Civil Veterinary Department Bengal reports 1933-51 - 1933-1951
Year: 1933
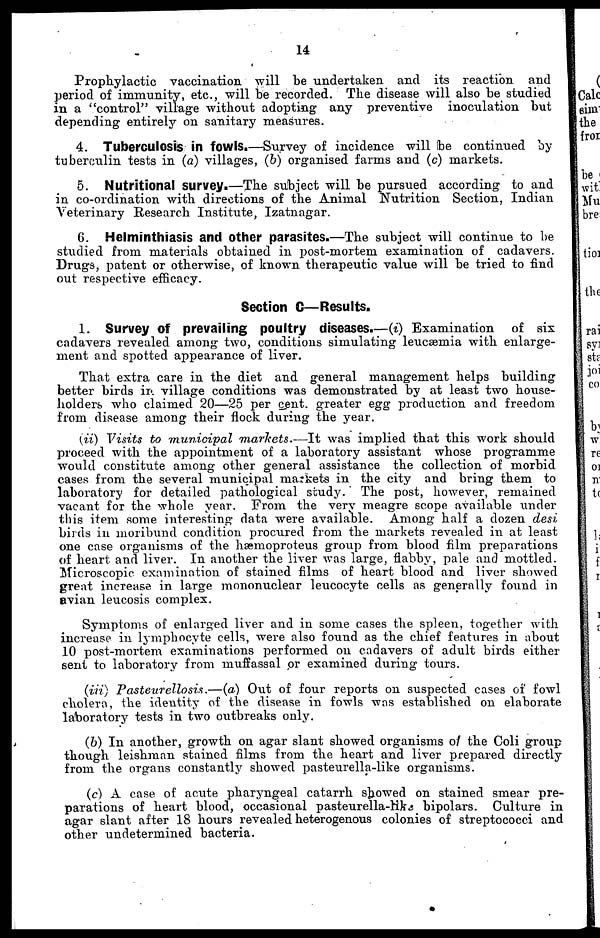
14
Prophylactic vaccination will be undertaken and its reaction and
period of immunity, etc., will be recorded. The disease will also be studied
in a "control" village without adopting any preventive inoculation but
depending entirely on sanitary measures.
4. Tuberculosis in fowls.—Survey of incidence will be continued by
tuberculin tests in (a) villages, (b) organised farms and (c) markets.
5. Nutritional survey.—The subject will be pursued according to and
in co-ordination with directions of the Animal Nutrition Section, Indian
Veterinary Research Institute, Izatnagar.
6. Helminthiasis and other parasites.—The subject will continue to be
studied from materials obtained in post-mortem examination of cadavers.
Drugs, patent or otherwise, of known therapeutic value will be tried to find
out respective efficacy.
Section C—Results.
1. Survey of prevailing poultry diseases.—(i) Examination of six
cadavers revealed among two, conditions simulating leucæmia with enlarge-
ment and spotted appearance of liver.
That extra care in the diet and general management helps building
better birds in village conditions was demonstrated by at least two house-
holders who claimed 20—25 per cent. greater egg production and freedom
from disease among their flock during the year.
(ii) Visits to municipal markets.—It
was implied that this work should
proceed with the appointment of a laboratory assistant whose programme
would constitute among other general assistance the collection of morbid
cases from the several municipal markets in the city and bring them to
laboratory for detailed pathological study. The post, however, remained
vacant for the whole year. From the very meagre scope available under
this item some interesting data were available. Among half a dozen desi
birds in moribund condition procured from the markets revealed in at least
one case organisms of the hæmoproteus group from blood film preparations
of heart and liver. In another the liver was large, flabby, pale and mottled.
Microscopic examination of stained films of heart blood and liver showed
great increase in large mononuclear leucocyte cells as generally found in
avian leucosis complex.
Symptoms of enlarged liver and in some cases the spleen, together with
increase in lymphocyte cells, were also found as the chief features in about
10 post-mortem examinations performed on cadavers of adult birds either
sent to laboratory from muffassal or examined during tours.
(iii) Pasteurellosis.—(a)
Out of four reports on suspected cases of fowl
cholera, the identity of the disease in fowls was established on elaborate
laboratory tests in two outbreaks only.
(b) In another, growth on agar slant showed organisms of the Coli group
though leishman stained films from the heart and liver prepared directly
from the organs constantly showed pasteurella-like organisms.
(c) A case of acute pharyngeal catarrh showed on stained smear pre-
parations of heart blood, occasional pasteurella-like bipolars. Culture in
agar slant after 18 hours revealed heterogenous colonies of streptococci and
other undetermined bacteria.